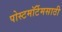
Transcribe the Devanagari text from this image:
पोस्टमॉर्टेमसाठी